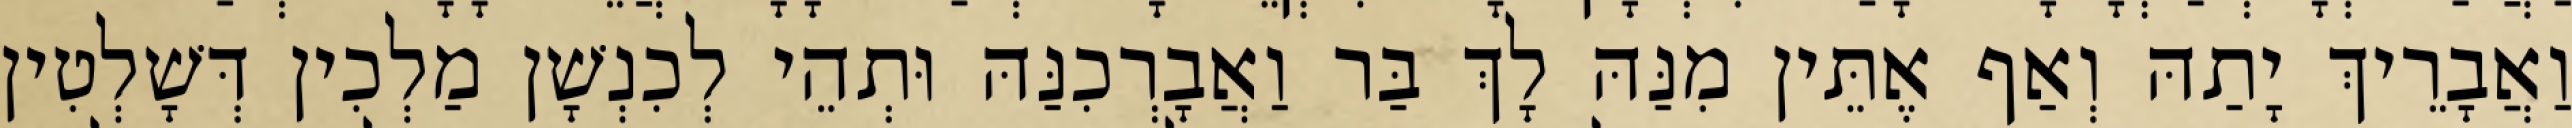
וַאֲבָרֵיךְ יָתַהּ וְאַף אֶתֵּין מִנַּהּ לָךְ בַּר וַאֲבָרְכִנַּהּ וּתְהֵי לְכִנְשָׁן מַלְכִין דְּשָׁלְטִין